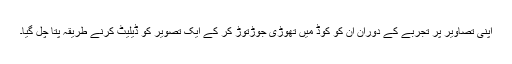
اپنی تصاویر پر تجربے کے دوران ان کو کوڈ میں تھوڑی جوڑتوڑ کر کے ایک تصویر کو ڈیلیٹ کرنے طریقہ پتا چل گیا۔